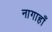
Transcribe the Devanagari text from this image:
नागाहाँ